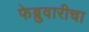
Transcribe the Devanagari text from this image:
फेब्रुवारीचा